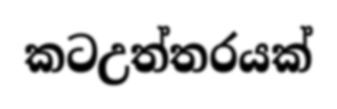
කටඋත්තරයක්